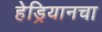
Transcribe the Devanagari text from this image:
हेड्रियानचा